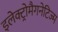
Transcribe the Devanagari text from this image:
इलेक्ट्रोमैगनेटिज्म